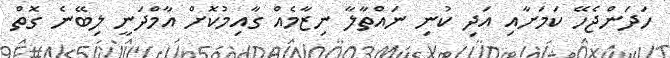
ހަދަންޖެހޭ ކަަމަށާއި އަދި ކުނި ނައްތާލާ ނިޒާމެއް ގާއިމުކޮށް އާމްދަނީ ލިބޭނެ ގޮތް